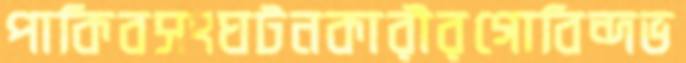
পাকিবসংঘটনকারীরগোবিন্দভ